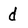
Character: d